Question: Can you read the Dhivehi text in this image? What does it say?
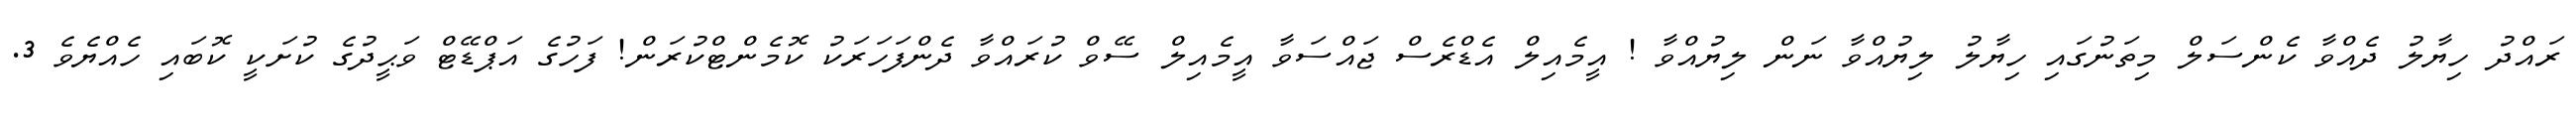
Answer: ރައްދު ހިޔާލު ދެއްވާ ކެންސަލް މިތަނުގައި ހިޔާލު ލިޔުއްވާ ނަން ލިޔުއްވާ ! އީމެއިލް އެޑްރެސް ޖައްސަވާ އީމެއިލް ސޭވް ކުރައްވާ ދެންފަހަރަކު ކޮމެންޓްކުރަން! ފަހުގެ އަޕްޑޭޓް ވަޙީދުގެ ކުށަކީ ކޮބައި ހެއްޔެވެ 3.